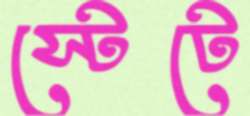
স্টেটে